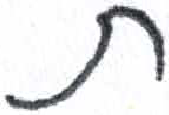
אות: ת